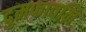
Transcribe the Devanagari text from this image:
दुमफावनि